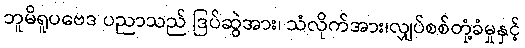
ဘူမိရူပဗေဒ ပညာသည် ဒြပ်ဆွဲအား၊ သံလိုက်အား၊လျှပ်စစ်တုံ့ခံမှုနှင့်